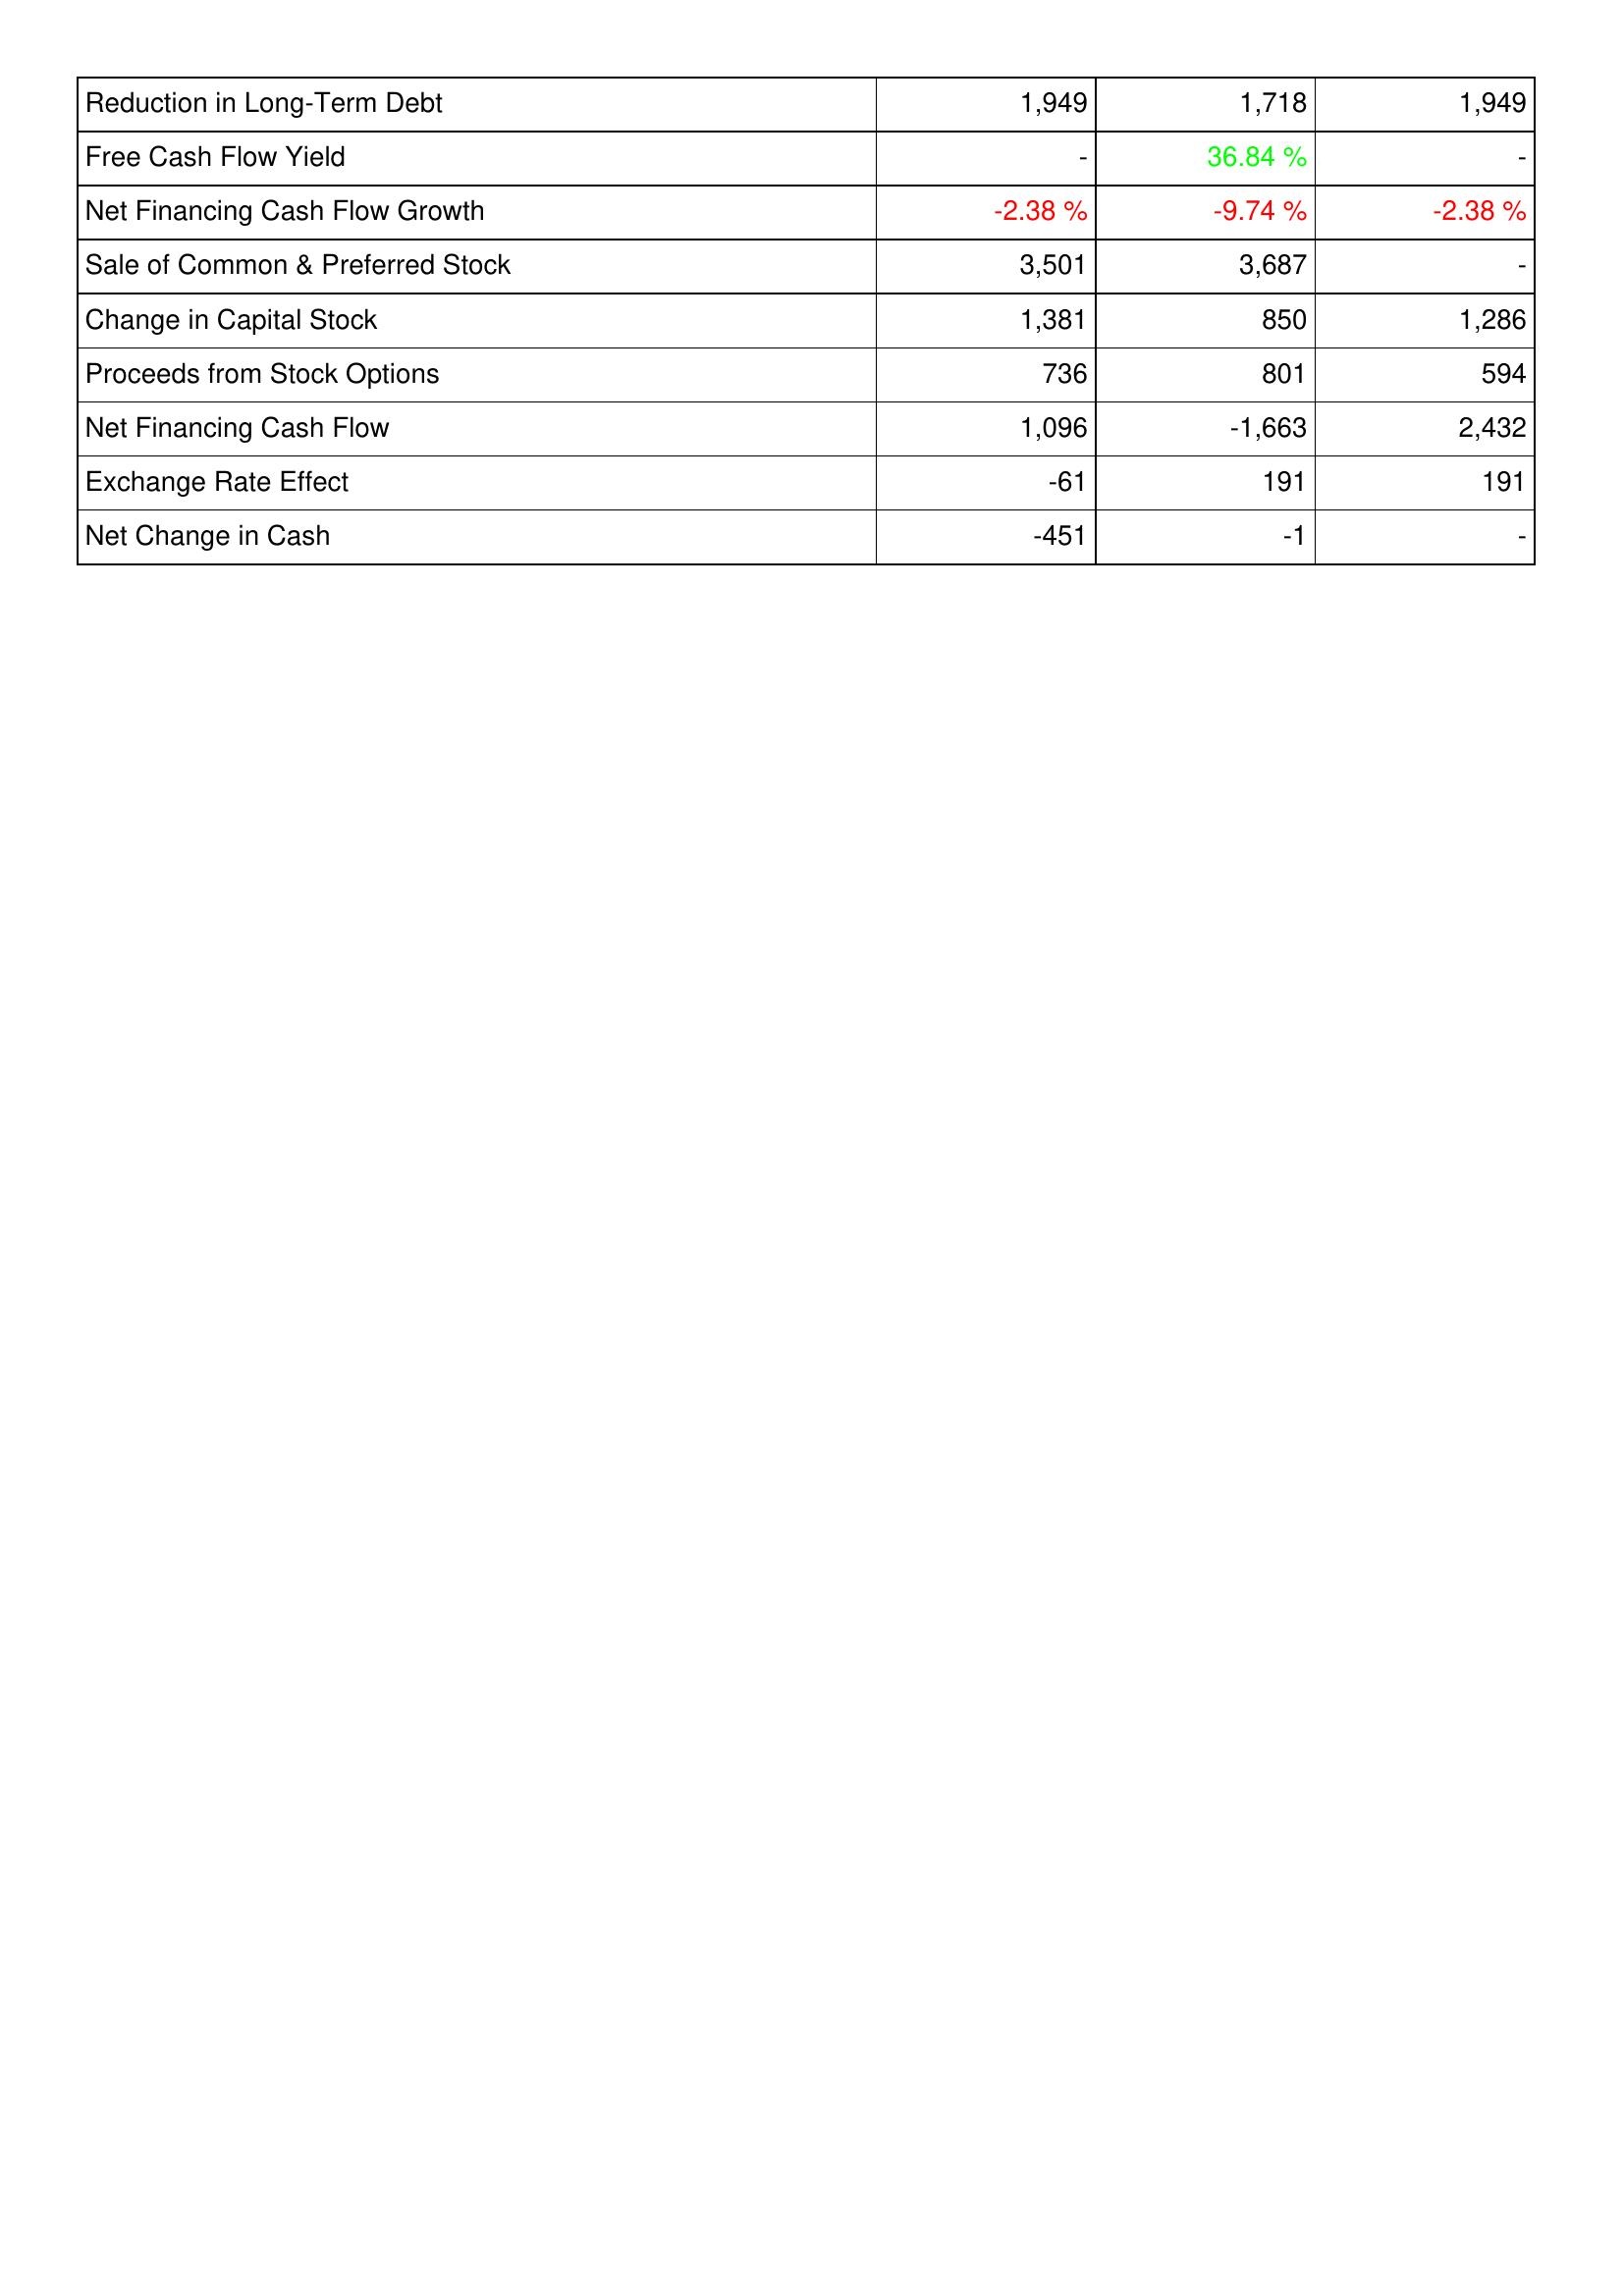
2007: Financing Activities: Reduction in Long-Term Debt: 1,949
Free Cash Flow Yield: -
Net Financing Cash Flow Growth: -2.38 %
Sale of Common & Preferred Stock: 3,501
Change in Capital Stock: 1,381
Proceeds from Stock Options: 736
Net Financing Cash Flow: 1,096
Exchange Rate Effect: -61
Net Change in Cash: -451
2008: Financing Activities: Reduction in Long-Term Debt: 1,718
Free Cash Flow Yield: 36.84 %
Net Financing Cash Flow Growth: -9.74 %
Sale of Common & Preferred Stock: 3,687
Change in Capital Stock: 850
Proceeds from Stock Options: 801
Net Financing Cash Flow: -1,663
Exchange Rate Effect: 191
Net Change in Cash: -1
2009: Financing Activities: Reduction in Long-Term Debt: 1,949
Free Cash Flow Yield: -
Net Financing Cash Flow Growth: -2.38 %
Sale of Common & Preferred Stock: -
Change in Capital Stock: 1,286
Proceeds from Stock Options: 594
Net Financing Cash Flow: 2,432
Exchange Rate Effect: 191
Net Change in Cash: -